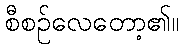
စီစဉ်လေတော့၏။